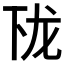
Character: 𱍔